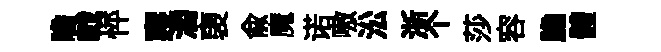
瞻戟怦寢灂褏俞魔诺嗷㳂浙个莎容膽體